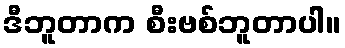
ဒီဘူတာက စီးဗစ်ဘူတာပါ။